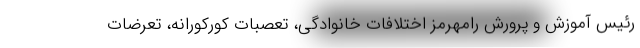
رئیس آموزش و پرورش رامهرمز اختلافات خانوادگی، تعصبات کورکورانه، تعرضات